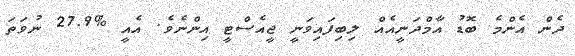
ދެން އެންމެ ބޮޑު އާމްދަނީއެއް ލިބިފައިވަނީ ޖީއެސްޓީ އިންނެވެ. އެއީ %27.9 ނުވަތަ